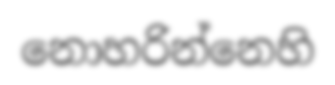
නොහරින්නෙහි